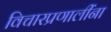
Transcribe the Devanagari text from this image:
विचारप्रणालींना